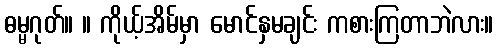
ဓမ္မဂုတ်။ ။ ကိုယ့်အိမ်မှာ မောင်နှမချင်း ကစားကြတာဘဲလား။